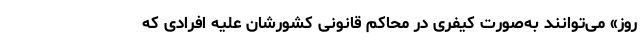
روز» می‌توانند به‌صورت کیفری در محاکم قانونی کشورشان علیه افرادی که